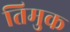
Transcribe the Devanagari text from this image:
तिमुक